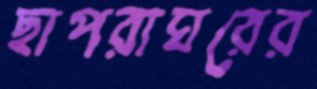
ছাপরাঘরের